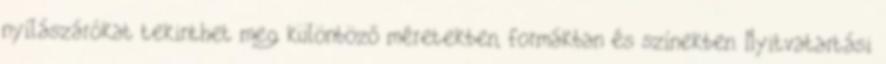
nyílászárókat tekinthet meg különböző méretekben, formákban és színekben. Nyitvatartási